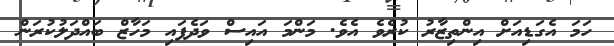
ހަމަ އެގަޑިއަށް އިންތިޒާރު ކުރެވެ އެވެ. މަންމަ އައިސް ވަދެފައި މަހާޒް ބައްދަލުކުރަން